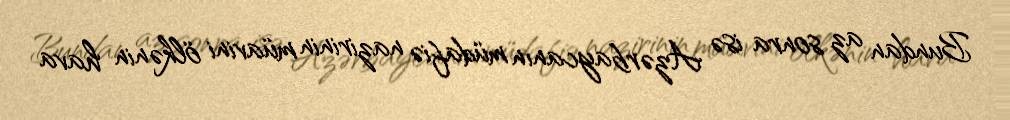
Bundan az sonra isə Azərbaycanın müdafiə nazirinin müavini ölkənin hava